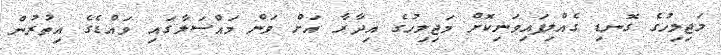
މަޖިލިހުގެ ގޮނޑި ގެއްލިފައިވަނިކޮށް މަޖިލިހުގެ އިދާރާ އަށް ވަން މައްސަލާގައި ވައްޑެގެ އިތުރުން